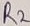
Text: R2